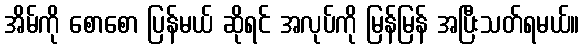
အိမ်ကို စောစော ပြန်မယ် ဆိုရင် အလုပ်ကို မြန်မြန် အပြီးသတ်ရမယ်။